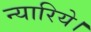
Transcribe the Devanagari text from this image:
न्यारिये।